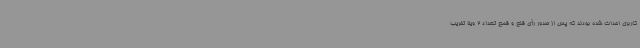
کاربری احداث شده بودند که پس از صدور رأی قلع و قمع تعداد 2 ویلا تخریب